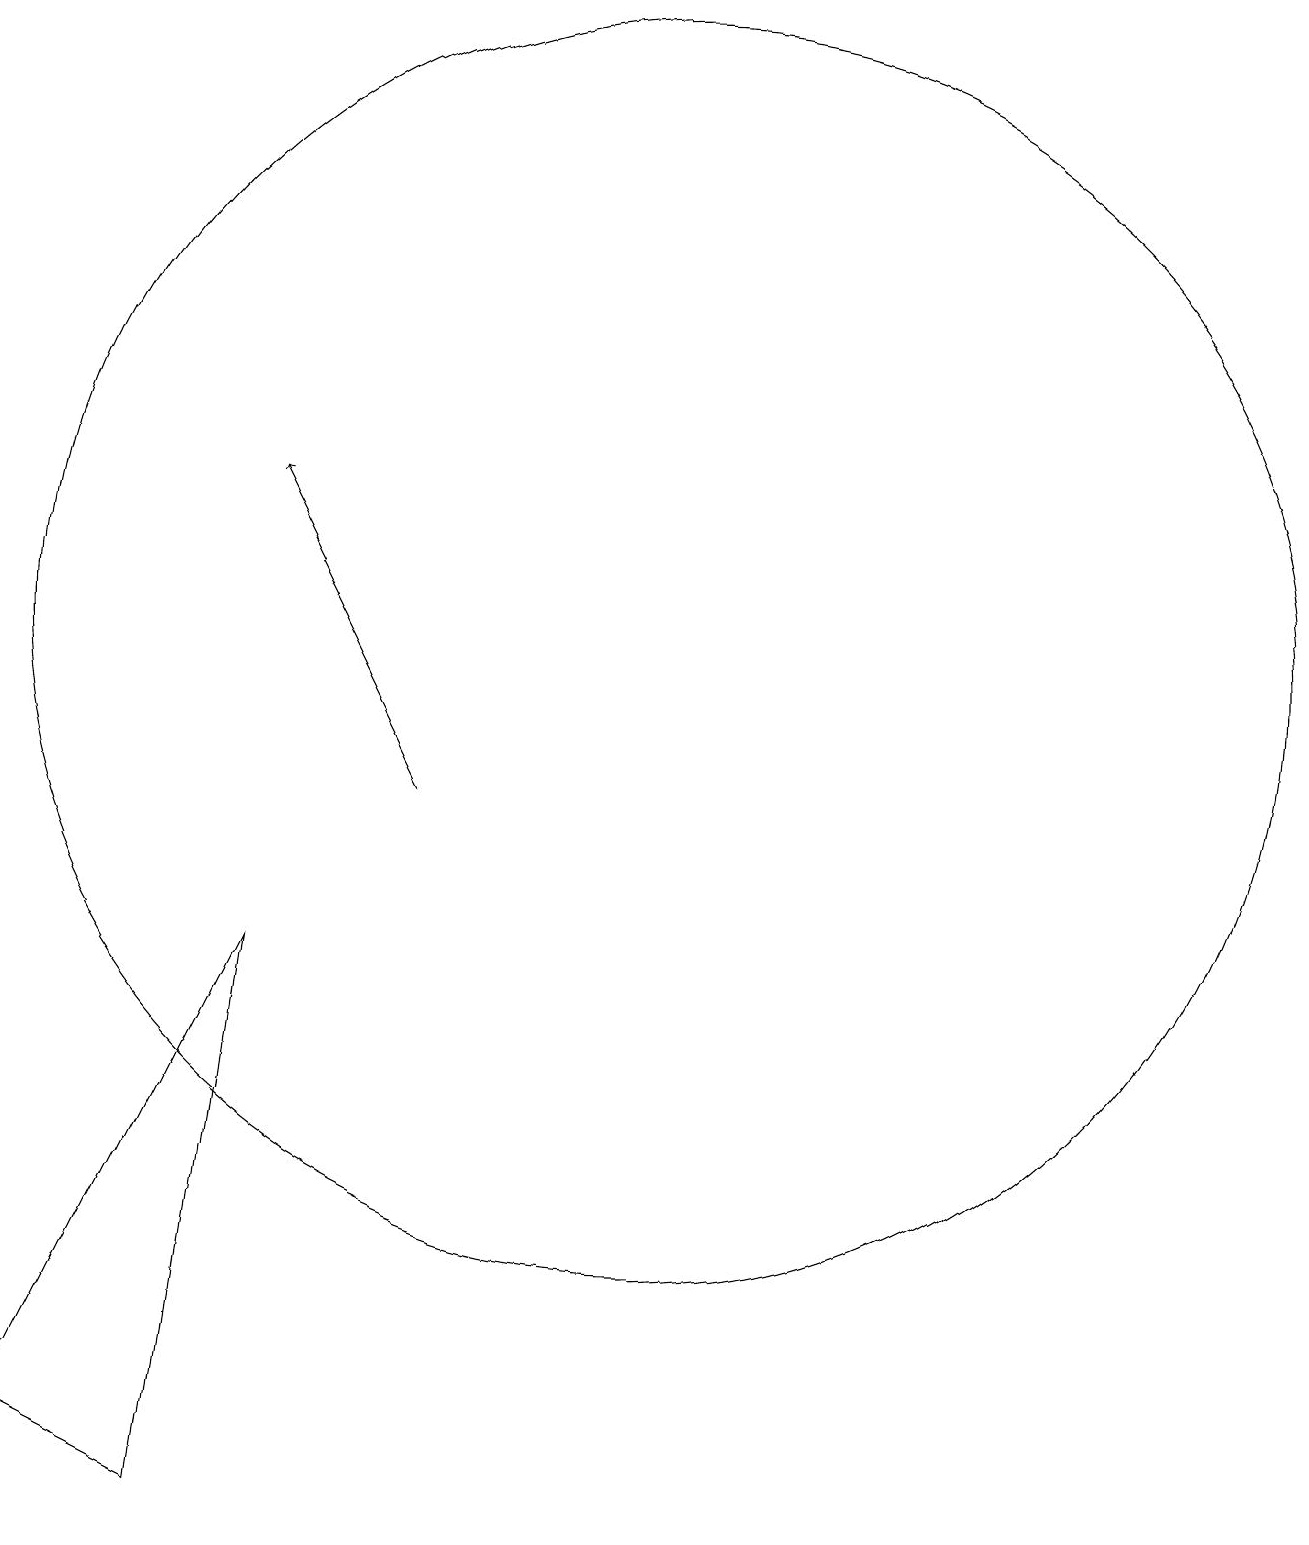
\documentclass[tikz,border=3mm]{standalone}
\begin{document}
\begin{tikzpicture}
\draw (10,12) circle (8);
\draw[->] (7,10) -- (5,14);
\draw (4,1) -- (5,8) -- (2,2) -- cycle;
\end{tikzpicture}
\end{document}